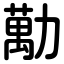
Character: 勱